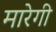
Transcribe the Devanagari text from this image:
मारेगी